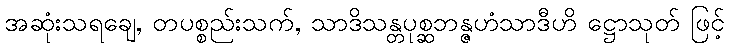
အဆုံးသရချေ, တပစ္စည်းသက်, သာဒိသန္တပုစ္ဆဘန္ဇဟံသာဒီဟိ ဋ္ဌောသုတ် ဖြင့်